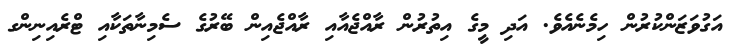
އަގުވަޒަންކުރުން ހިމެނެއެވެ. އަދި މީގެ އިތުރުން ރާއްޖެއާއި ރާއްޖެއިން ބޭރުގެ ސެމިނާތަކާއި ޓްރެއިނިންގ